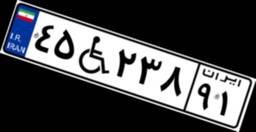
۴۵W۲۳۸۹۱